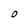
Character: 0